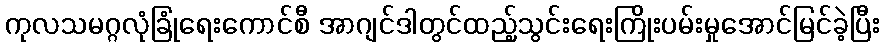
ကုလသမဂ္ဂလုံခြုံရေးကောင်စီ အာဂျင်ဒါတွင်ထည့်သွင်းရေးကြိုးပမ်းမှုအောင်မြင်ခဲ့ပြီး